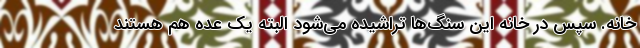
خانه. سپس در خانه این سنگ‌ها تراشیده می‌شود البته یک عده هم هستند